Document type: Sale
Year: 1226
Scribe: Ramon d'Om
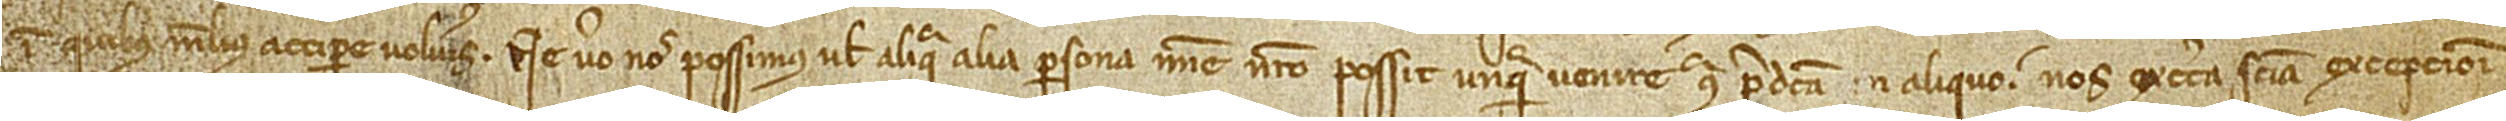
in quibus melius accipere volueris. Ne vero nos possimus vel aliqua persona nomine nostro possit unquam venire contra predicta in aliquo, nos ex certa sciencia excepcioni